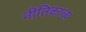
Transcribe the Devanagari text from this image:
नीतिकाव्य